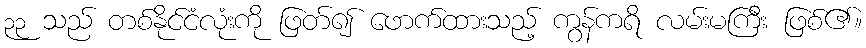
၃၃ သည် တစ်နိုင်ငံလုံးကို ဖြတ်၍ ဖောက်ထားသည့် ကွန်ကရိ လမ်းမကြီး ဖြစ်၏။